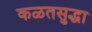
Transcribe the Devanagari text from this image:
कळतसुद्धा